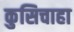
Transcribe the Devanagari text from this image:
कुसिचाहा